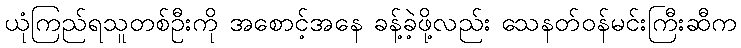
ယုံကြည်ရသူတစ်ဦးကို အစောင့်အနေ ခန့်ခဲ့ဖို့လည်း သေနတ်ဝန်မင်းကြီးဆီက